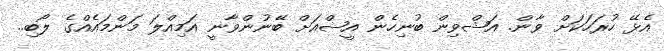
އެޅޭ ހުރަހަކަށް ވާން. އަޝްވިން ބުނިހެން އީޝްއަށް ބޭނުންވާނީ އަމިއްލަ މަންމައެއްގެ ލޯބި..